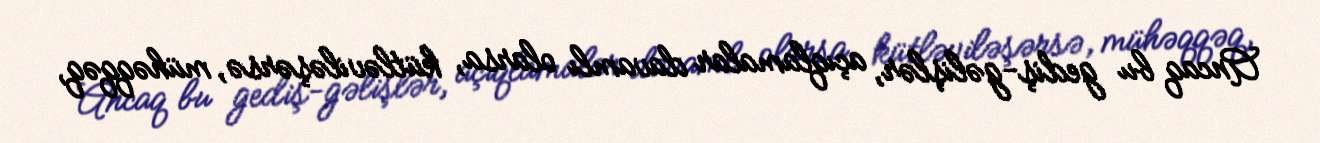
Ancaq bu gediş-gəlişlər, açıqlamalar davamlı olarsa, kütləviləşərsə, mühəqqəq,